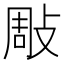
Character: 𢽧